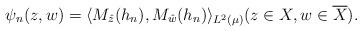
LaTeX: \begin{align*}\psi_n (z,w)= \langle M_{\hat{z}}(h_n), M_{\hat{w}}(h_n) \rangle_{L^2(\mu)} (z \in X, w \in \overline{X}).\end{align*}